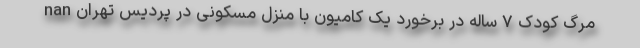
nan مرگ کودک ۷ ساله در برخورد یک کامیون با منزل مسکونی در پردیس تهران